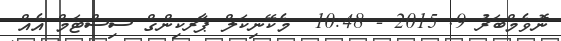
ނޮވެމްބަރު 9